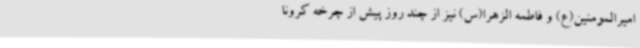
امیرالمومنین(ع) و فاطمه الزهرا(س) نیز از چند روز پیش از چرخه کرونا